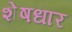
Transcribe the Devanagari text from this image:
शेषधार